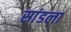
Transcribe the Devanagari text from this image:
सांडला